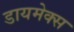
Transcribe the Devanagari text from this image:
डायमेक्स